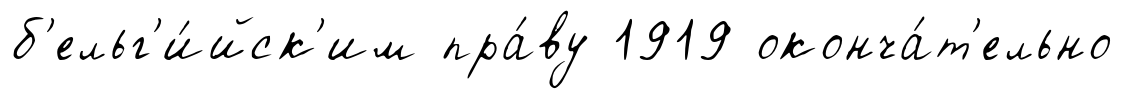
б'ельг'и́йск'им пра́ву 1919 оконча́т'ельно